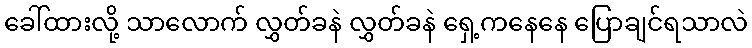
ခေါ်ထားလို့ သာလောက် လွှတ်ခနဲ လွှတ်ခနဲ ရှေ့ကနေနေ ပြောချင်ရသာလဲ